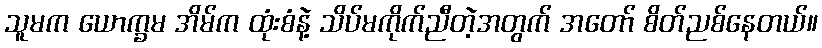
သူမက ယောက္ခမ အိမ်က ထုံးစံနဲ့ သိပ်မကိုက်ညီတဲ့အတွက် အတော် စိတ်ညစ်နေတယ်။